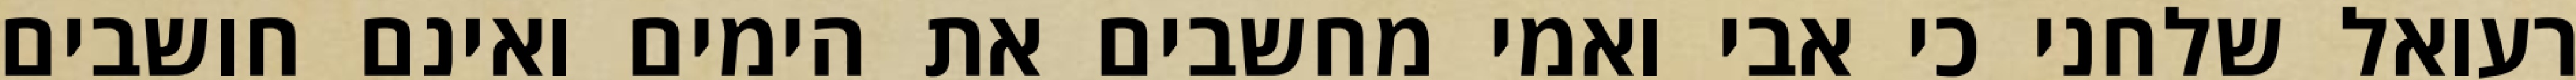
רעואל שלחני כי אבי ואמי מחשבים את הימים ואינם חושבים